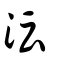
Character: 沄